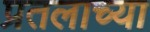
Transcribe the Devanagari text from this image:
प्रतलाच्या